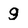
Character: g